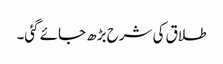
طلاق کی شرح بڑھ جائے گئی۔